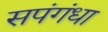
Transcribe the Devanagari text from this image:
सपंगंधा